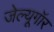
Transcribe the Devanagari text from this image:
जेल्यूगॉर